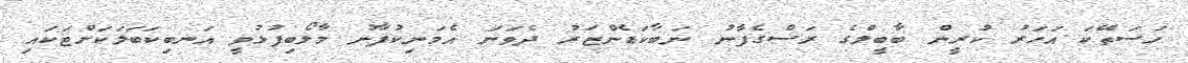
ހަސަތޭކަ އަހަރު ކުރީން ބާބީލްގެ ރަސްގެފާނު ނަބާކަޑެންޒަރު ދެވަނަ އެމަނިކުފާނު މާލޯބިފުޅުވީ އަނބިކަބަލަކަށްޓަކައި